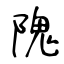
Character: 隗